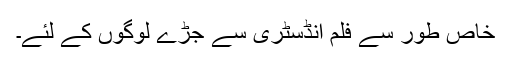
خاص طور سے فلم انڈسٹری سے جڑے لوگوں کے لئے۔